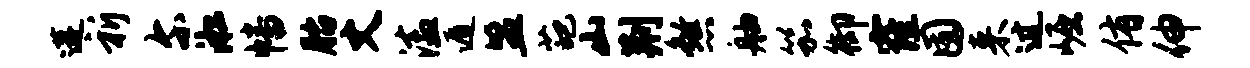
遘祈尔淞幡胎丈溘遁盟葩山荆煞舳笳御窿囿来过崛侑伸